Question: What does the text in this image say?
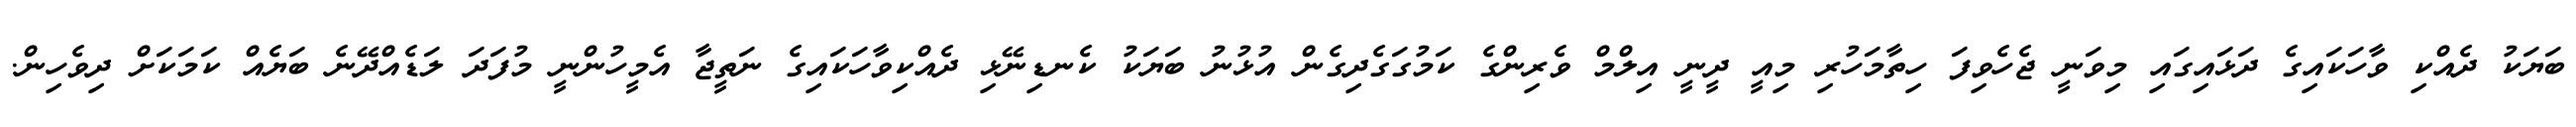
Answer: ބަޔަކު ދެއްކި ވާހަކައިގެ ދަޅައިގައި މިވަނީ ޖެހެވިފަ ހިތާމަހުރި މިއީ ދީނީ އިލްމް ވެރިންގެ ކަމުގަގެދިގެން އުޅުނު ބަޔަކު ކެނޑިނޭޅި ދެއްކިވާހަކައިގެ ނަތީޖާ އެމީހުންނީ މުފަދަ ލަޑެއްދޭނެ ބަޔެއް ކަމަކަށް ދިވެހިން.